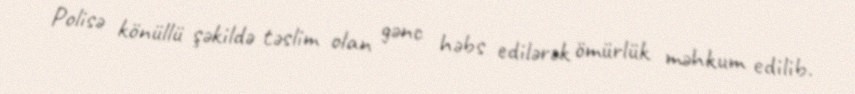
Polisə könüllü şəkildə təslim olan gənc həbs edilərək ömürlük məhkum edilib.